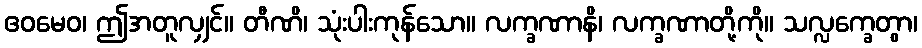
ဧဝမေဝ၊ ဤအတူလျှင်။ တီဏိ၊ သုံးပါးကုန်သော။ လက္ခဏာနိ၊ လက္ခဏာတို့ကို။ သလ္လက္ခေတွာ၊